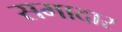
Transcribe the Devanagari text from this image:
समादार